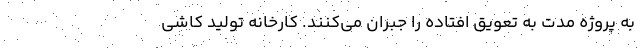
به پروژه مدت به تعویق افتاده را جبران می‌کنند. کارخانه تولید کاشی